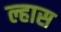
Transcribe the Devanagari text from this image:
ल्हास